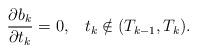
LaTeX: \begin{align*}\frac{\partial b_k}{\partial t_k}=0,\;\;\;t_k\notin(T_{k-1},T_k).\end{align*}